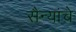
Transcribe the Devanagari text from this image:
सैन्यांचे